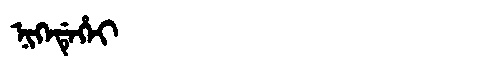
Manchu: ᠨᡳᡴᡝᡩᡝᡥᡝᡳ
Romanization: NIKEDEHEI